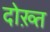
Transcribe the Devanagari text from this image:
दोख़्त